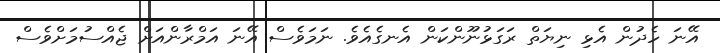
އޭނަ ހެދުން އެޅި ނިޔަތް ރަގަޅުނޫންކަން އެނގެއެވެ. ނަމަވެސް އޭނަ އަމްރާންއަށް ޖެއްސުމަށްވެސް